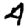
Digit: 4